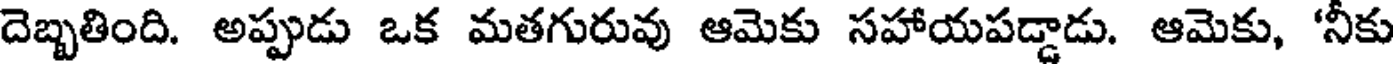
దెబ్బతింది. అప్పుడు ఒక మతగురువు ఆమెకు సహాయపడ్డాడు. ఆమెకు, 'నీకు